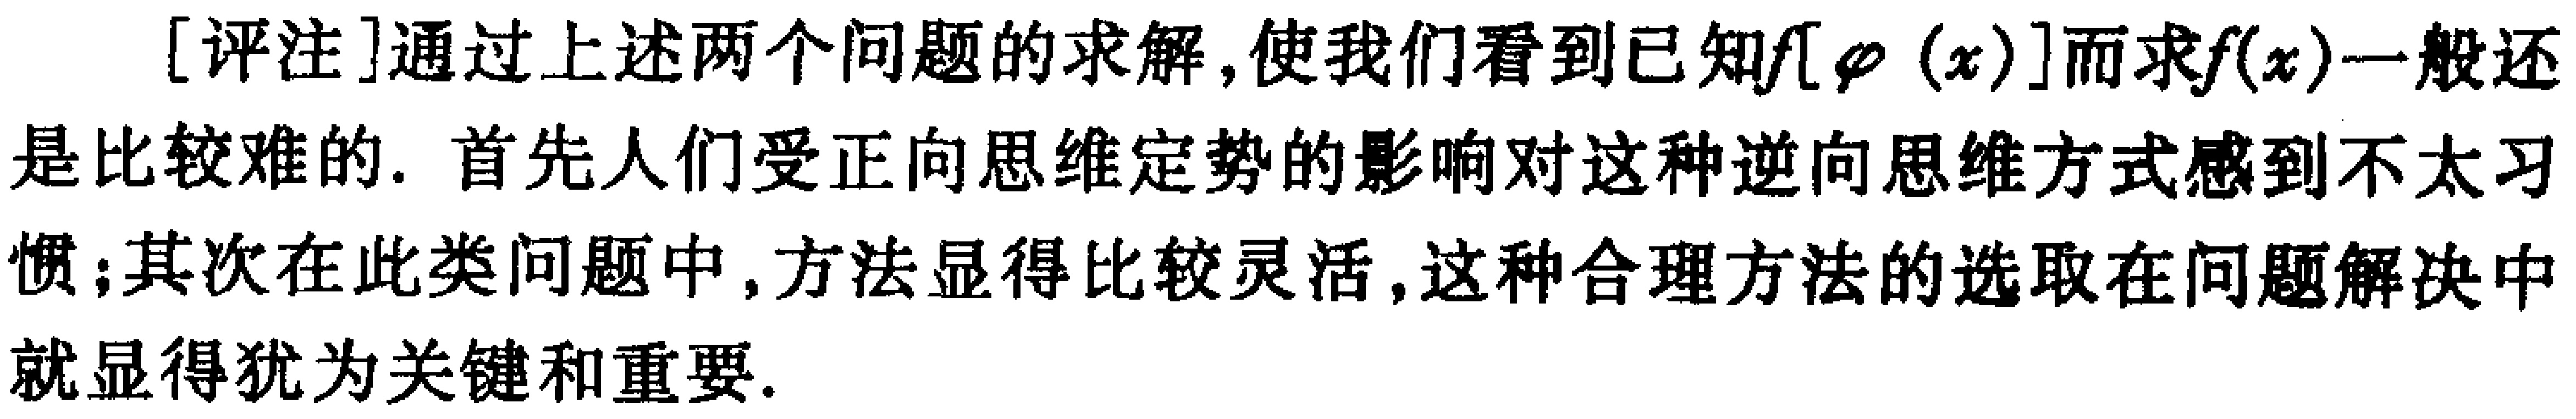
[评注]通过上述两个问题的求解,使我们看到已知\(f[\varphi(x)]\)而求\(f(x)\)一般还是比较难的. 首先人们受正向思维定势的影响对这种逆向思维方式感到不太习惯;其次在此类问题中,方法显得比较灵活,这种合理方法的选取在问题解决中就显得犹为关键和重要.